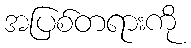
အပြစ်တရားကို